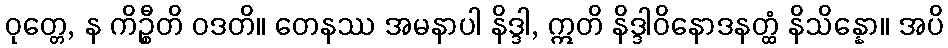
ဝုတ္တေ, န ကိဉ္စီတိ ဝဒတိ။ တေနဿ အမနာပါ နိဒ္ဒါ, ဣတိ နိဒ္ဒါဝိနောဒနတ္ထံ နိသိန္နော။ အပိ